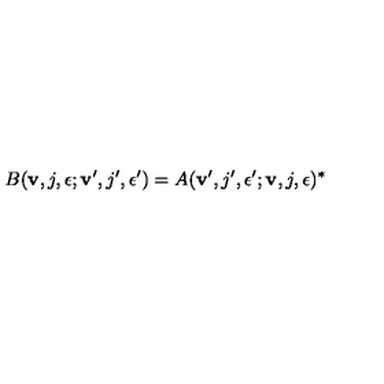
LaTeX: B ( { \bf v } , j , \epsilon ; { \bf v } ^ { \prime } , j ^ { \prime } , \epsilon ^ { \prime } ) = A ( { \bf v } ^ { \prime } , j ^ { \prime } , \epsilon ^ { \prime } ; { \bf v } , j , \epsilon ) ^ { * }